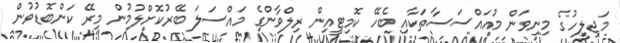
މަޖިލީހުގެ މިނިވަން މުއައްސަސާތަކާއި ބެހޭ ކޮމިޓީއިން ރިލްވާންގެ މައްސަލަ ބޭރުކޮށްލުމުން މިރޭ ކަންބޮޑުވުން